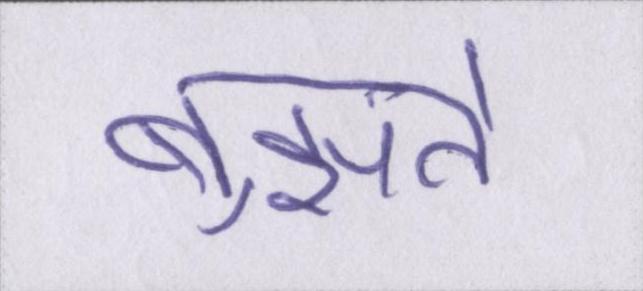
बुझते